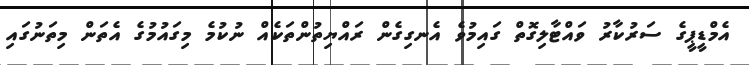
އެމްޑީޕީގެ ސަރުކާރު ވައްޓާލިގޮތް ގައިމުވެ އެނގިގެން ރައްޔިތުންތަކެއް ނުކުމެ މިގައުމުގެ އެތަން މިތަނުގައި